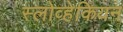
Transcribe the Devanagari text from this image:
स्लोव्हेकियन